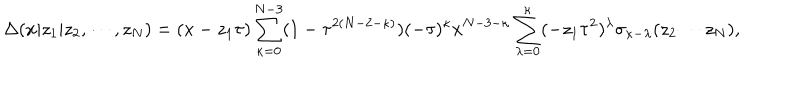
\Delta ( x | z _ { 1 } | z _ { 2 } , \cdots , z _ { N } ) = ( x - z _ { 1 } \tau ) \sum _ { \kappa = 0 } ^ { N - 3 } ( 1 - \tau ^ { 2 ( N - 2 - \kappa ) } ) ( - \tau ) ^ { \kappa } x ^ { N - 3 - \kappa } \sum _ { \lambda = 0 } ^ { \kappa } ( - z _ { 1 } \tau ^ { 2 } ) ^ { \lambda } \sigma _ { \kappa - \lambda } ( z _ { 2 } \cdots z _ { N } ) ,